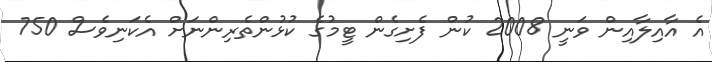
އެ އާއިލާއިން ވަނީ 2008 ކުން ފެށިގެން ޓީމުގެ ކުޅުންތެރިންނަށް އެކަނިވެސް 750